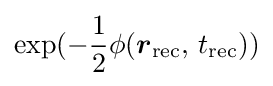
\displaystyle \exp(-{\frac {1}{2}}\phi ({\boldsymbol {r}}_{\text{rec}},\,t_{\text{rec}}))